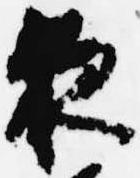
夜